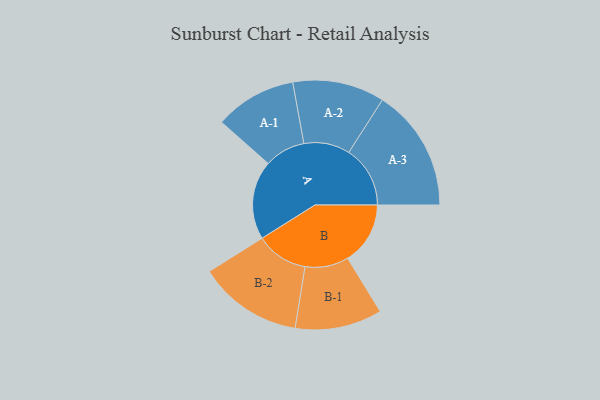
{"axis": {"x": "Segment", "y": "Value"}, "legend": ["", "A", "B"], "data": [{"x": "A", "y": 384, "type": ""}, {"x": "B", "y": 305, "type": ""}, {"x": "A-1", "y": 199, "type": "A"}, {"x": "A-2", "y": 224, "type": "A"}, {"x": "A-3", "y": 299, "type": "A"}, {"x": "B-1", "y": 212, "type": "B"}, {"x": "B-2", "y": 254, "type": "B"}]}